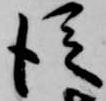
従